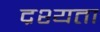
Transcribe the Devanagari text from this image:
द्रश्यता